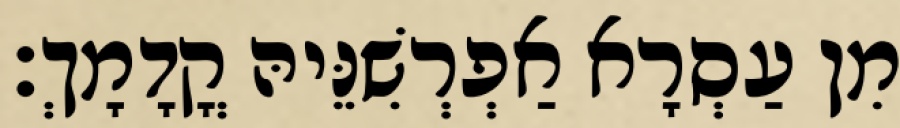
מִן עַסְרָא אַפְרְשִׁנֵּיהּ קֳדָמָךְ׃